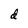
Character: d